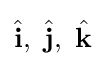
{\hat {\mathbf {i} }},\ {\hat {\mathbf {j} }},\ {\hat {\mathbf {k} }}